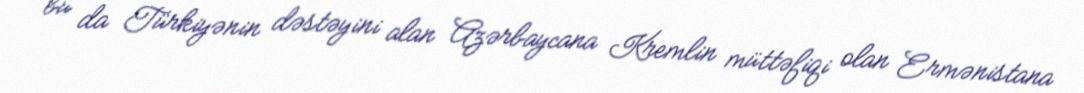
bu da Türkiyənin dəstəyini alan Azərbaycana Kremlin müttəfiqi olan Ermənistana